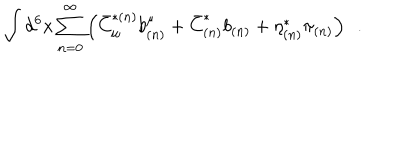
\int d ^ { 6 } x \sum _ { n = 0 } ^ { \infty } \left( \bar { C } _ { \mu } ^ { * ( n ) } b _ { ( n ) } ^ { \mu } + \bar { C } _ { ( n ) } ^ { * } b _ { ( n ) } + \eta _ { ( n ) } ^ { * } \pi _ { ( n ) } \right) \, \, \, .